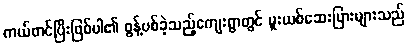
ကယ်တင်ပြီးဖြစ်ပါ၏ စွန့်ပစ်ခဲ့သည့်ကျေးရွာတွင် မူးယစ်ဆေးပြားများသည်